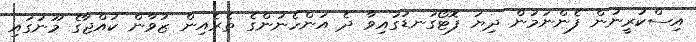
އިސްކުރީނުން ފެންނަމުން ދިޔަ ފޮޓޯގަނޑުގައިވާ ދެ އަންހެނުންގެ ތެރެއިން ޒުވާން ކުއްޖާގެ މޫނުގައި